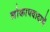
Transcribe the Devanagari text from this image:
लोकापवादाचें